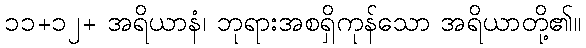
၁၁+၁၂+ အရိယာနံ၊ ဘုရားအစရှိကုန်သော အရိယာတို့၏။